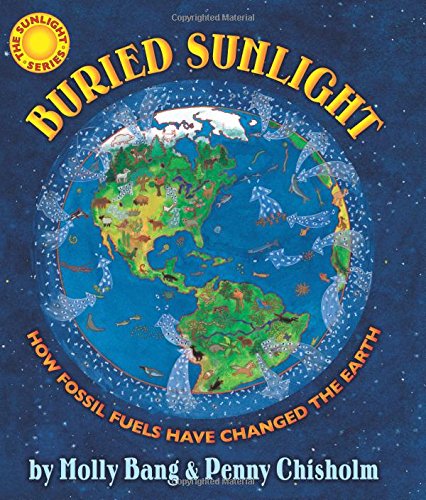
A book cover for Buried Sunlight: How Fossil Fuels Have Changed the Earth; Molly Bang; Children's Books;